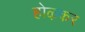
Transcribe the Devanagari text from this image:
होऴकर